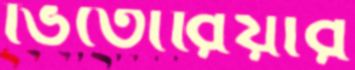
ভিতোরিয়ার